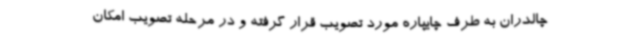
چالدران به طرف چایپاره مورد تصویب قرار گرفته و در مرحله تصویب امکان